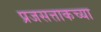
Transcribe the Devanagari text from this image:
प्रजसत्ताकच्या